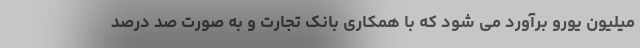
میلیون یورو برآورد می شود که با همکاری بانک تجارت و به صورت صد درصد